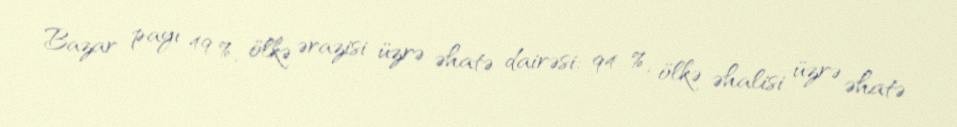
Bazar payı 49 %, ölkə ərazisi üzrə əhatə dairəsi: 94 %, ölkə əhalisi üzrə əhatə